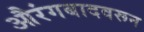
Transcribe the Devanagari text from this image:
औरंगबादवरून